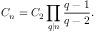
C _ { n } = C _ { 2 } \prod _ { q | n } { \frac { q - 1 } { q - 2 } } .